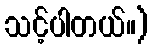
သင့်ပါတယ်။)